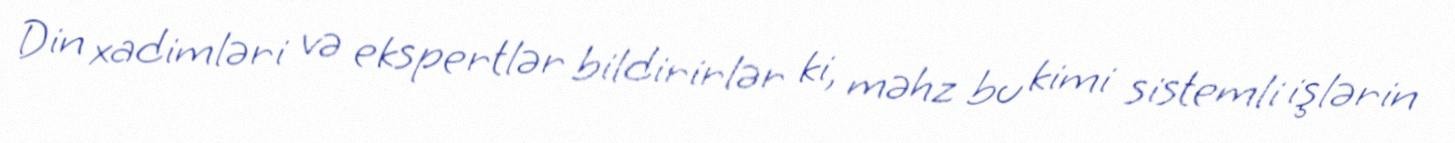
Din xadimləri və ekspertlər bildirirlər ki, məhz bu kimi sistemli işlərin